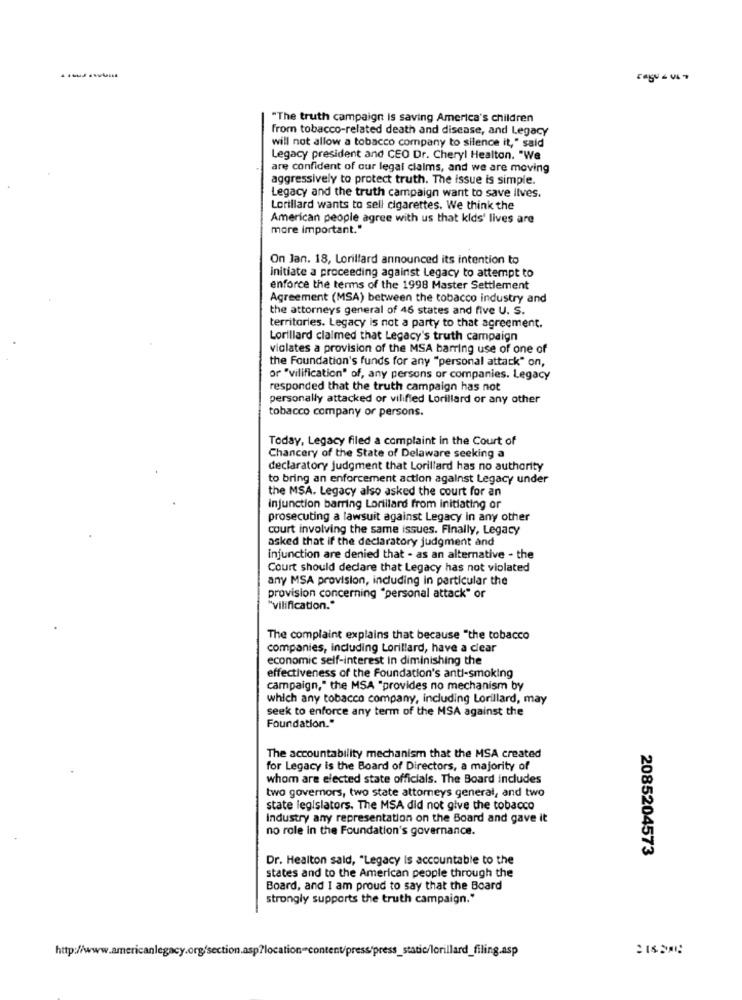
"The truth campaign is saving America's children
from tobacco-related death and disease, and Legacy
will not allow a tobacco company to silence it," said
Legacy president and CEO Dr. Cheryl Healton. "We
are confident of our legal claims, and we are moving
aggressively to protect truth. The issue is simple.
Legacy and the truth campaign want to save lives.
Lorillard wants to sell cigarettes. We think the
American people agree with us that kids' lives are
more important."
On Jan. 18, Lorillard announced its intention to
initiate a proceeding against Legacy to attempt to
enforce the terms of the 1998 Master Settlement
Agreement (MSA) between the tobacco industry and
the attorneys general of 46 states and five U. S.
territories. Legacy is not a party to that agreement.
Lorillard claimed that Legacy's truth campaign
violates a provision of the MSA barring use of one of
the Foundation's funds for any "personal attack" on,
or "vilification" of, any persons or companies. Legacy
responded that the truth campaign has not
personally attacked or vilified Lorillard or any other
tobacco company or persons.
Today, Legacy filed a complaint in the Court of
Chancery of the State of Delaware seeking a
declaratory judgment that Lorillard has no authority
to bring an enforcement action against Legacy under
the MSA. Legacy also asked the court for an
injunction barring Lorillard from initiating or
prosecuting a lawsuit against Legacy In any other
court involving the same issues. Finally, Legacy
asked that if the declaratory judgment and
injunction are denied that - as an alternative - the
Court should declare that Legacy has not violated
any MSA provision, including in particular the
provision concerning "personal attack" or
"vilification."
The complaint explains that because "the tobacco
companies, including Lorillard, have a clear
economic self-interest in diminishing the
effectiveness of the Foundation's anti-smoking
campaign," the MSA "provides no mechanism by
which any tobacco company, including Lorillard, may
seek to enforce any term of the MSA against the
Foundation."
The accountability mechanism that the MSA created
for Legacy is the Board of Directors, a majority of
whom are elected state officials. The Board includes
two governors, two state attorneys general, and two
state legislators. The MSA did not give the tobacco
Industry any representation on the Board and gave it
no role in the Foundation's governance.
2085204573
Dr. Healton said, "Legacy is accountable to the
states and to the American people through the
Board, and I am proud to say that the Board
strongly supports the truth campaign."
http://www.americanlegacy.org/section.asp?location-content/press/press_static/lorillard_filing.asp